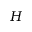
H